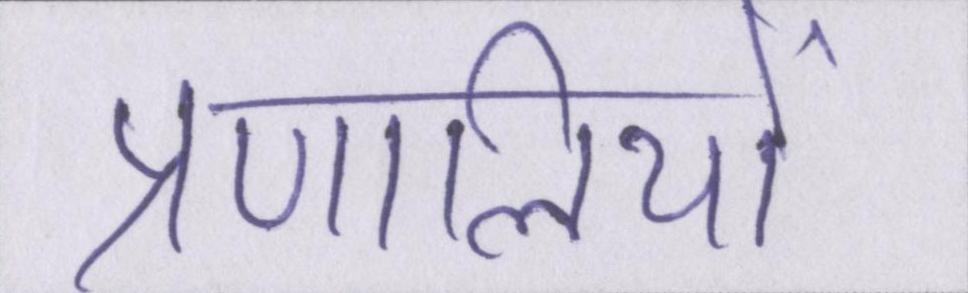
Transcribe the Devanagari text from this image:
प्रणालियों